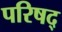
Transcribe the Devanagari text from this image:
परिषद्‍